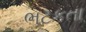
ભટકતા